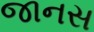
જાનસ